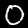
Label: 0